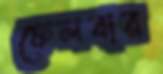
ফেলবার